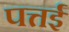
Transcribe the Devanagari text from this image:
पत्तई